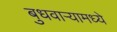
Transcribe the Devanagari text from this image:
बुधवार्‍यामध्ये